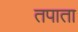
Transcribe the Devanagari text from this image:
तपाता